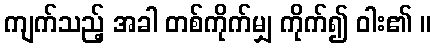
ကျက်သည့် အခါ တစ်ကိုက်မျှ ကိုက်၍ ဝါး၏ ။